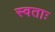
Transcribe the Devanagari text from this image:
स्वताः